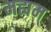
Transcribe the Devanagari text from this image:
मह्यम्